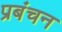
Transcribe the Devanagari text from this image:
प्रबंचन